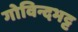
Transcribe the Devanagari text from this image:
गोविन्दभट्ट